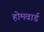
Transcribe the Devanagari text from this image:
होमवार्ड